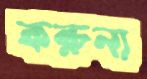
করুনা